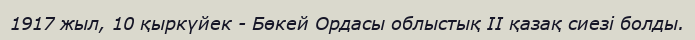
1917 жыл, 10 қыркүйек - Бөкей Ордасы облыстық II қазақ сиезі болды.